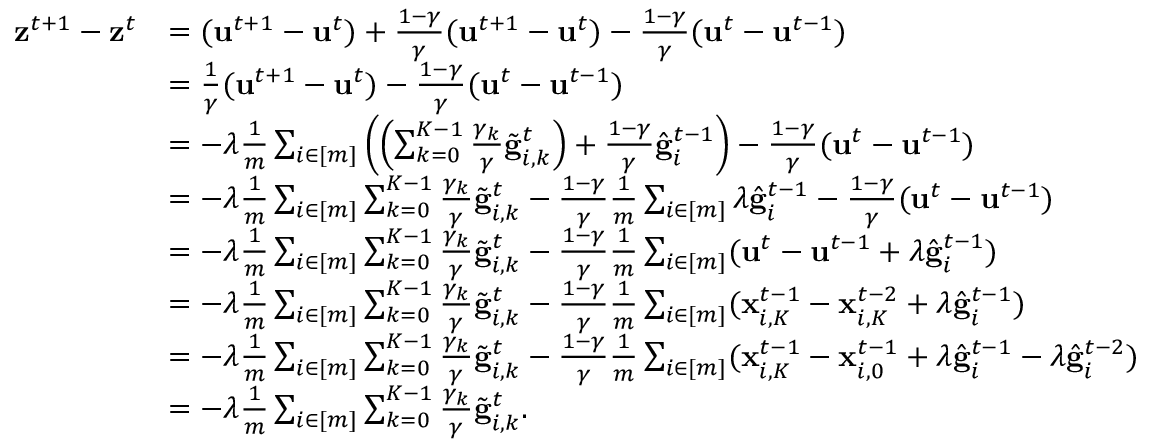
\begin{array} { r l } { \mathbf { z } ^ { t + 1 } - \mathbf { z } ^ { t } } & { = ( \mathbf { u } ^ { t + 1 } - \mathbf { u } ^ { t } ) + \frac { 1 - \gamma } { \gamma } ( \mathbf { u } ^ { t + 1 } - \mathbf { u } ^ { t } ) - \frac { 1 - \gamma } { \gamma } ( \mathbf { u } ^ { t } - \mathbf { u } ^ { t - 1 } ) } \\ & { = \frac { 1 } { \gamma } ( \mathbf { u } ^ { t + 1 } - \mathbf { u } ^ { t } ) - \frac { 1 - \gamma } { \gamma } ( \mathbf { u } ^ { t } - \mathbf { u } ^ { t - 1 } ) } \\ & { = - \lambda \frac { 1 } { m } \sum _ { i \in [ m ] } \left( \Bigl ( \sum _ { k = 0 } ^ { K - 1 } \frac { \gamma _ { k } } { \gamma } \tilde { \mathbf { g } } _ { i , k } ^ { t } \Bigr ) + \frac { 1 - \gamma } { \gamma } \hat { \mathbf { g } } _ { i } ^ { t - 1 } \right) - \frac { 1 - \gamma } { \gamma } ( \mathbf { u } ^ { t } - \mathbf { u } ^ { t - 1 } ) } \\ & { = - \lambda \frac { 1 } { m } \sum _ { i \in [ m ] } \sum _ { k = 0 } ^ { K - 1 } \frac { \gamma _ { k } } { \gamma } \tilde { \mathbf { g } } _ { i , k } ^ { t } - \frac { 1 - \gamma } { \gamma } \frac { 1 } { m } \sum _ { i \in [ m ] } \lambda \hat { \mathbf { g } } _ { i } ^ { t - 1 } - \frac { 1 - \gamma } { \gamma } ( \mathbf { u } ^ { t } - \mathbf { u } ^ { t - 1 } ) } \\ & { = - \lambda \frac { 1 } { m } \sum _ { i \in [ m ] } \sum _ { k = 0 } ^ { K - 1 } \frac { \gamma _ { k } } { \gamma } \tilde { \mathbf { g } } _ { i , k } ^ { t } - \frac { 1 - \gamma } { \gamma } \frac { 1 } { m } \sum _ { i \in [ m ] } ( \mathbf { u } ^ { t } - \mathbf { u } ^ { t - 1 } + \lambda \hat { \mathbf { g } } _ { i } ^ { t - 1 } ) } \\ & { = - \lambda \frac { 1 } { m } \sum _ { i \in [ m ] } \sum _ { k = 0 } ^ { K - 1 } \frac { \gamma _ { k } } { \gamma } \tilde { \mathbf { g } } _ { i , k } ^ { t } - \frac { 1 - \gamma } { \gamma } \frac { 1 } { m } \sum _ { i \in [ m ] } ( \mathbf { x } _ { i , K } ^ { t - 1 } - \mathbf { x } _ { i , K } ^ { t - 2 } + \lambda \hat { \mathbf { g } } _ { i } ^ { t - 1 } ) } \\ & { = - \lambda \frac { 1 } { m } \sum _ { i \in [ m ] } \sum _ { k = 0 } ^ { K - 1 } \frac { \gamma _ { k } } { \gamma } \tilde { \mathbf { g } } _ { i , k } ^ { t } - \frac { 1 - \gamma } { \gamma } \frac { 1 } { m } \sum _ { i \in [ m ] } ( \mathbf { x } _ { i , K } ^ { t - 1 } - \mathbf { x } _ { i , 0 } ^ { t - 1 } + \lambda \hat { \mathbf { g } } _ { i } ^ { t - 1 } - \lambda \hat { \mathbf { g } } _ { i } ^ { t - 2 } ) } \\ & { = - \lambda \frac { 1 } { m } \sum _ { i \in [ m ] } \sum _ { k = 0 } ^ { K - 1 } \frac { \gamma _ { k } } { \gamma } \tilde { \mathbf { g } } _ { i , k } ^ { t } . } \end{array}